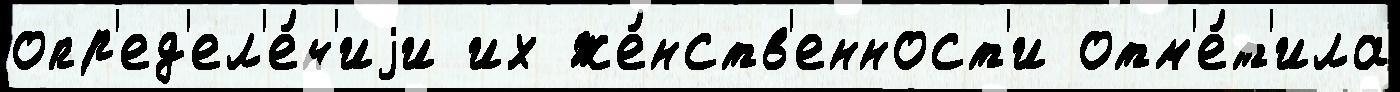
опр'ед'ел'е́н'иjи их же́нств'енност'и отм'е́т'ила